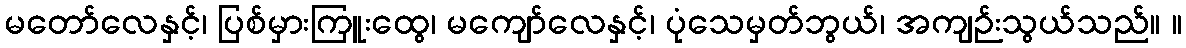
မတော်လေနှင့်၊ ပြစ်မှားကြူးထွေ၊ မကျော်လေနှင့်၊ ပုံသေမှတ်ဘွယ်၊ အကျဉ်းသွယ်သည်။ ။